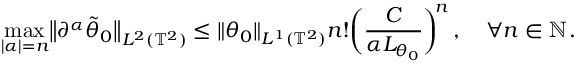
\operatorname* { m a x } _ { | { \boldsymbol { \alpha } } | = n } \bigl \| \partial ^ { \boldsymbol { \alpha } } \tilde { \theta } _ { 0 } \bigr \| _ { L ^ { 2 } ( \ensuremath { \mathbb { T } } ^ { 2 } ) } \leq \| \theta _ { 0 } \| _ { L ^ { 1 } ( \ensuremath { \mathbb { T } } ^ { 2 } ) } n ! \biggl ( \frac { C } { \alpha L _ { \theta _ { 0 } } } \biggr ) ^ { \! n } \, , \quad \forall n \in \ensuremath { \mathbb { N } } .